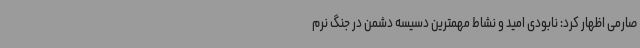
صارمی اظهار کرد: نابودی امید و نشاط مهمترین دسیسه دشمن در جنگ نرم